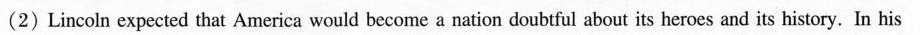
(2) Lincoln expected that America would become a nation doubtful about its heroes and its history. In his